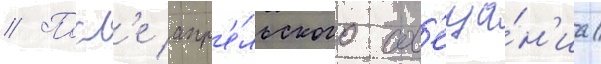
// Посл'е апр'е́льского сов'еща́н'иа